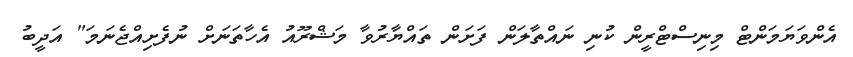
އެންވަޔަމަންޓް މިނިސްޓްރީން ކުނި ނައްތާލަން ފަށަން ތައްޔާރުވާ މަޝްރޫއު އެހާތަނަށް ނުފެށިއްޖެނަމަ" އަދީބު